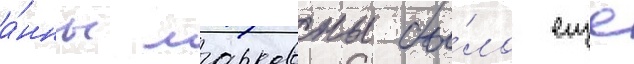
а́нны марковны бы́ло еще